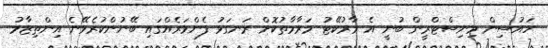
ހައުސިން މިނިސްޓްރީން ބުނީ އެ މާރުކޭޓު މަރާމާތުކޮށް ރަނގަޅު ފެންވަރެއްގައި ބޭނުންކުރެވޭނެ އިންތިޒާމު